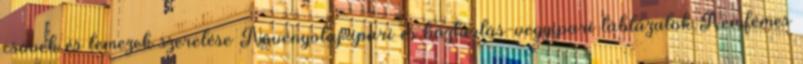
csövek és lemezek szerelése Növényolaj-ipari és háztartás-vegyipari táblázatok Nemfémes